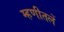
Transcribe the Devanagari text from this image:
म्हणीतलें